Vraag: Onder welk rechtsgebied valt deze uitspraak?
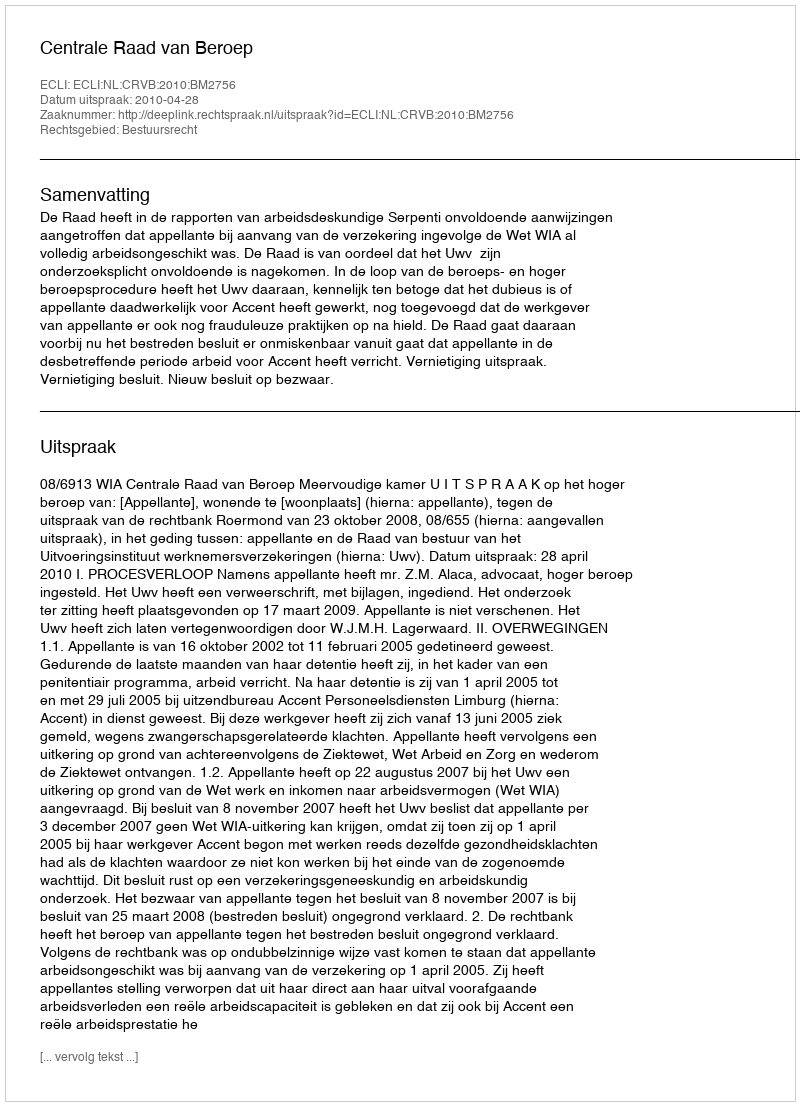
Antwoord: Bestuursrecht